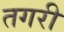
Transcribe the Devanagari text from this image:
तगरी